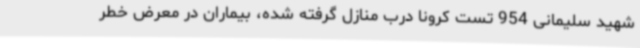
شهید سلیمانی 954 تست کرونا درب منازل گرفته شده، بیماران در معرض خطر